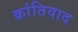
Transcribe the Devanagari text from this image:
क्रांतिवाद